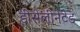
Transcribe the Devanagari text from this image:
डीसेलीनेटेड